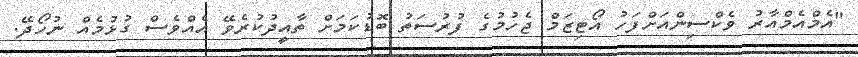
"އެމްއެމްއާރު ވެކްސިންއަށްފަހު އޯޓިޒަމް ޖެހުމުގެ ފުރުސަތު ބޮޑުކަމަށް ތާއީދުކުރެވޭ އެއްވެސް ގުޅުމެއް ނުހޯދޭ.